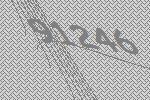
91246